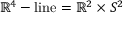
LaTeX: \mathbb { R } ^ { 4 } - \mathrm { l i n e } = \mathbb { R } ^ { 2 } \times S ^ { 2 }